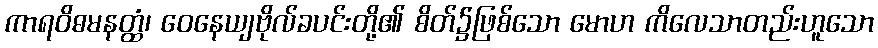
ကာရဝိဓမနတ္ထံ၊ ဝေနေယျဗိုလ်ခပင်းတို့၏ စိတ်၌ဖြစ်သော မောဟ ကိလေသာတည်းဟူသော